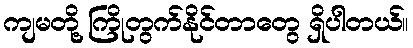
ကျမတို့ ကြိုတွက်နိုင်တာတွေ ရှိပါတယ်။